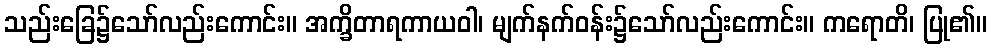
သည်းခြေ၌သော်လည်းကောင်း။ အက္ခိတာရကာယဝါ၊ မျက်နက်ဝန်း၌သော်လည်းကောင်း။ ကရောတိ၊ ပြု၏။